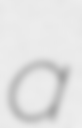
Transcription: a